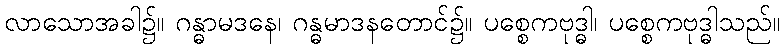
လာသောအခါ၌။ ဂန္ဓာမဒနေ၊ ဂန္ဓမာဒနတောင်၌။ ပစ္စေကဗုဒ္ဓါ၊ ပစ္စေကဗုဒ္ဓါသည်။